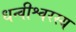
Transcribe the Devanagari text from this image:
धन्वीश्वरस्य